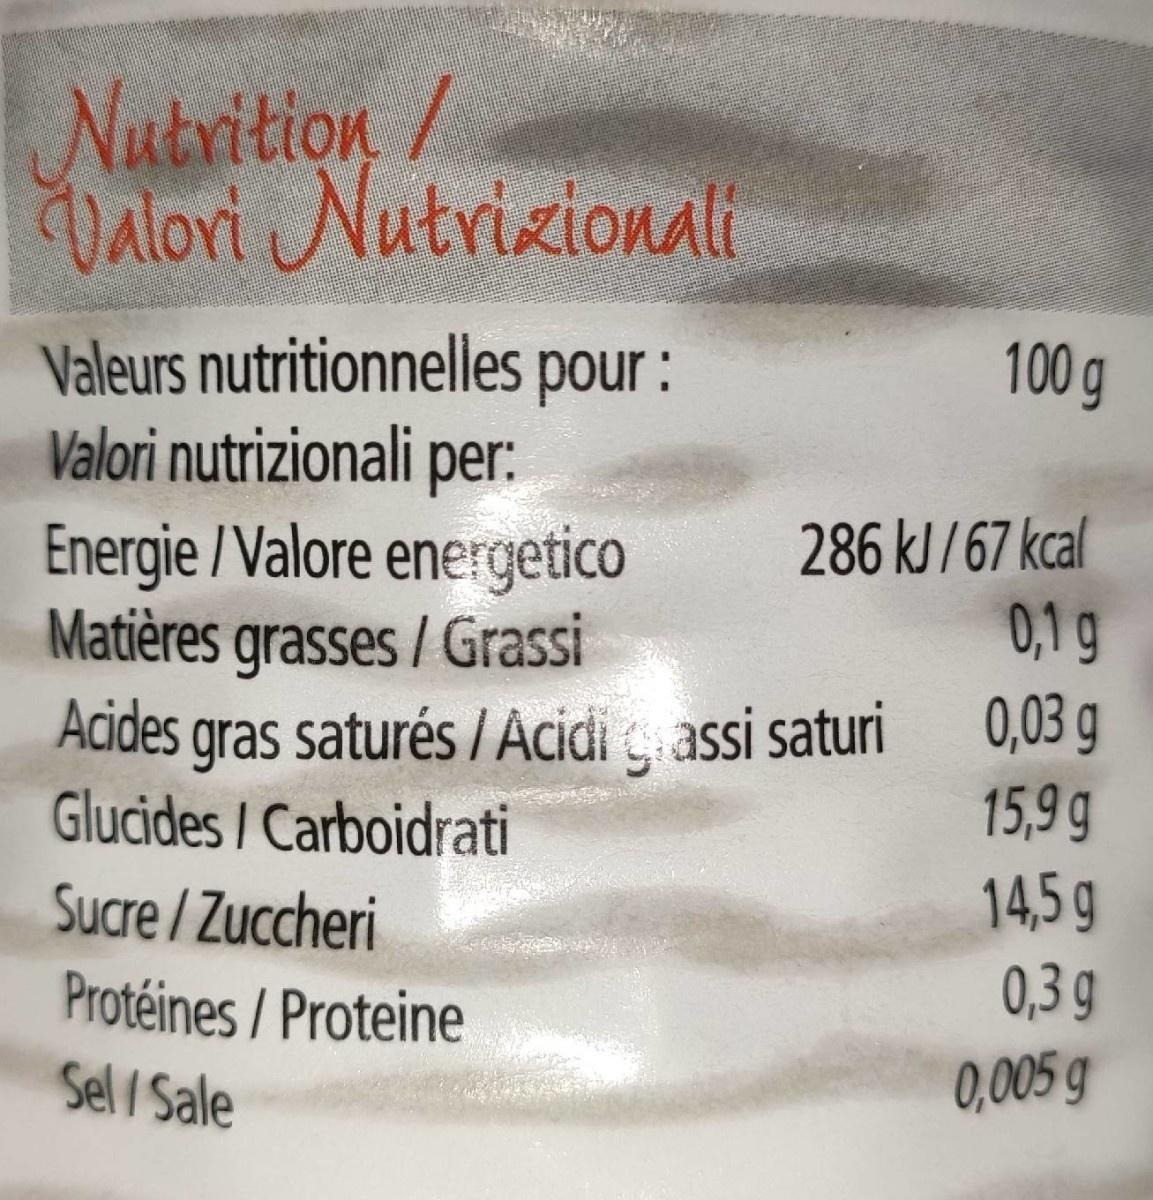
Nutrition/ Dalori Nutrizionali
Valeurs nutritionnelles pour : Valori nutrizionali per: Energie / Valore energetico Matières grasses / Grassi Acides gras saturés / Acidi assi saturi Glucides / Carboidrati
100 g
286 kJ /67 kcal 0,1 g 0,03 g
15,9 g
Sucre/Zuccheri
14,5g
0,3 g
Protéines / Proteine Sel /Sale
0,005 g